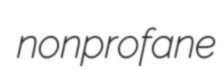
nonprofane